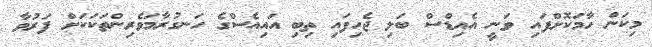
މިކަން ހާމަކޮށްފައި ވަނީ އެއިޑްސް ބަލި ޖެހިފައި ތިބި އައިއެސްގެ ހަނގުރާމަވެރިންތަކަކަށް ފަރުވާ